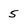
Character: 5